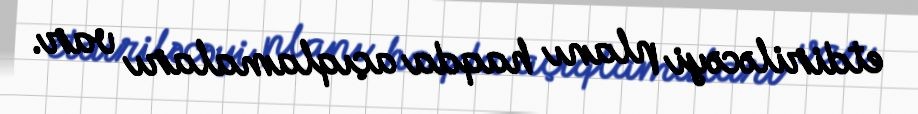
etdiriləcəyi planı haqda açıqlamaları var.